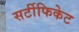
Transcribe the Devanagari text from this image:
सर्टीफिकेट